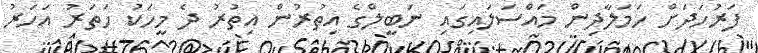
ފަރުހަދަށް ހަމަލާދިން މައްސަލައިގައި ނަބީލްގެ އިތުރުން އިތުރު ދެ މީހަކު ހަތަރު އަހަރު